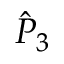
\hat { P } _ { 3 }